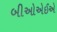
બીઓએઈએ